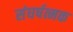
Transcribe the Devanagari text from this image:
संघर्षत्मक